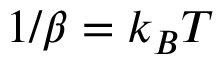
1 / \beta = k _ { B } T